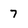
Character: 7